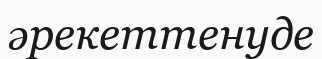
әрекеттенуде